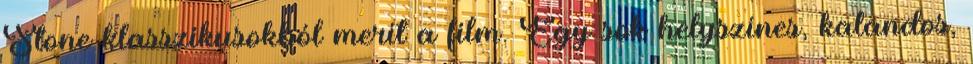
Stone klasszikusokból merít a film. Egy sok helyszínes, kalandos,